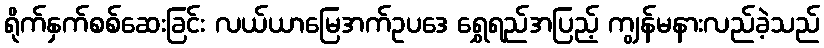
ရိုက်နှက်စစ်ဆေးခြင်း လယ်ယာမြေအက်ဥပဒေ ရွှေရည်အပြည့် ကျွန်မနားလည်ခဲ့သည်